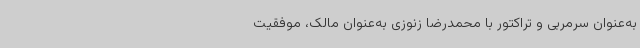
به‌عنوان سرمربی و تراکتور با محمدرضا زنوزی به‌عنوان مالک، موفقیت